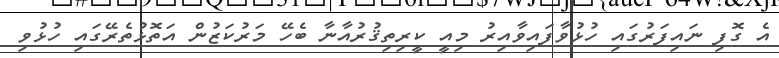
އެ ގޮފި ނައިފަރުގައި ހުޅުވާފައިވާއިރު މިއީ ކީރިތިޤުރުއާނާ ބެހޭ މަރުކަޒުން އަތޮޅުތެރޭގައި ހުޅުވި